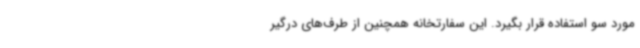
مورد سو استفاده قرار بگیرد. این سفارتخانه همچنین از طرف‌های درگیر